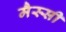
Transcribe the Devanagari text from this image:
मैस्सी